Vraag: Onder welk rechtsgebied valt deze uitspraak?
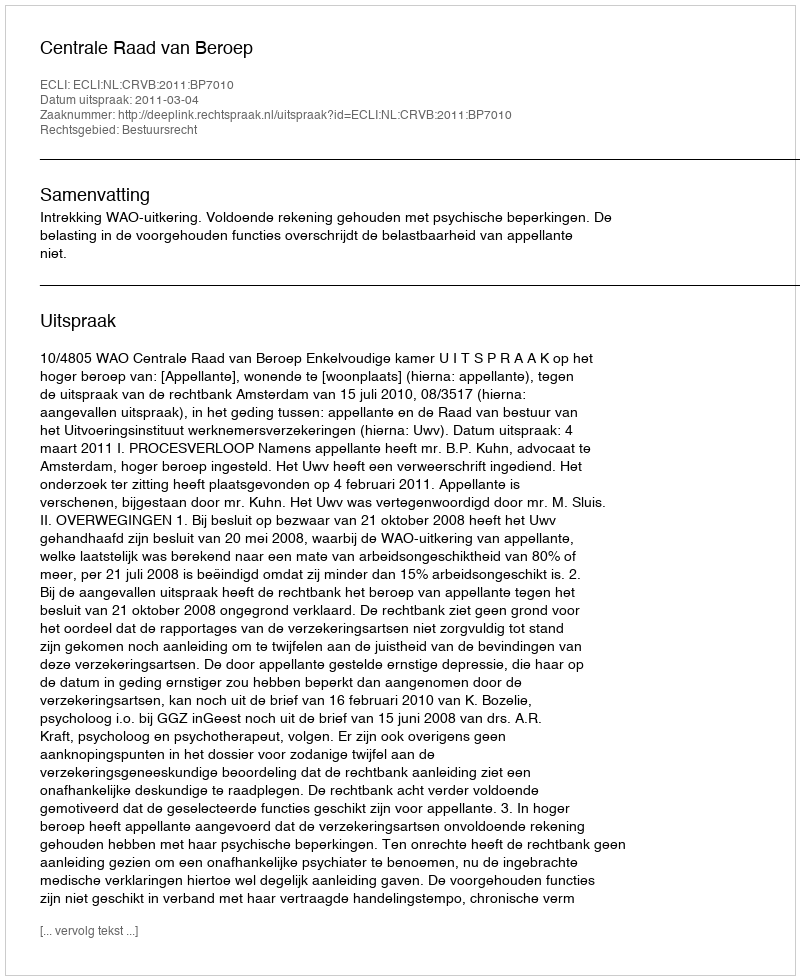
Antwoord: Bestuursrecht